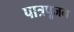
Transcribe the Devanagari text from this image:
पात्रपूजन